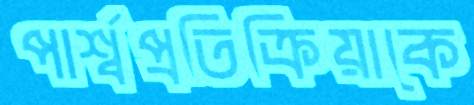
পার্শ্বপ্রতিক্রিয়াকে